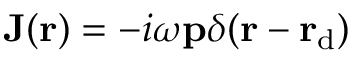
\mathbf { J } ( \mathbf { r } ) = - i \omega \mathbf { p } \delta ( \mathbf { r } - \mathbf { r } _ { \mathrm { d } } )